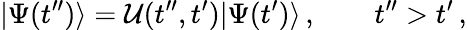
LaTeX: |\Psi(t^{\prime\prime})\rangle={\cal U}(t^{\prime\prime},t^{\prime})|\Psi(t^{\prime})\rangle\, ,\qquad t^{\prime\prime}>t^{\prime}\, ,